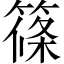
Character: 篠